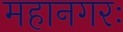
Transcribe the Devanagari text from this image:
महानगरः